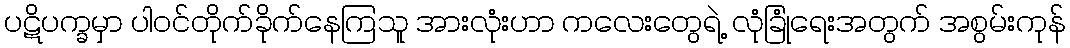
ပဋိပက္ခမှာ ပါဝင်တိုက်ခိုက်နေကြသူ အားလုံးဟာ ကလေးတွေရဲ့ လုံခြုံရေးအတွက် အစွမ်းကုန်